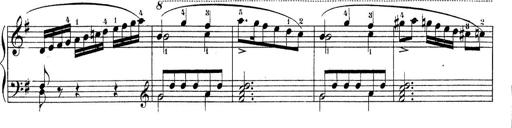
Title: Piano Sonatine No.2
Composer: Peter Piel
Key: G major